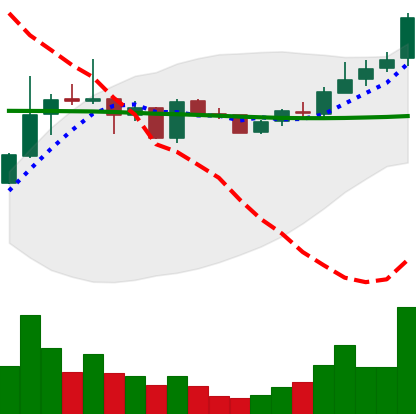
Ticker: TRX-USD
Chart end date: 2019-01-08
Forward return: -19.16%
Label: down_7plus